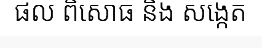
ផល ពិសោធ និង សង្កេត